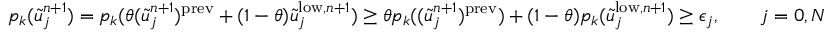
p _ { k } ( \tilde { u } _ { j } ^ { n + 1 } ) = p _ { k } ( \theta ( \tilde { u } _ { j } ^ { n + 1 } ) ^ { \mathrm { p r e v } } + ( 1 - \theta ) \tilde { u } _ { j } ^ { \mathrm { l o w } , n + 1 } ) \ge \theta p _ { k } ( ( \tilde { u } _ { j } ^ { n + 1 } ) ^ { \mathrm { p r e v } } ) + ( 1 - \theta ) p _ { k } ( \tilde { u } _ { j } ^ { \mathrm { l o w } , n + 1 } ) \ge \epsilon _ { j } , \qquad j = 0 , N